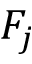
F _ { j }